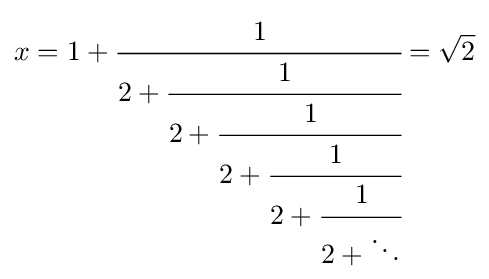
x=1+{\cfrac {1}{2+{\cfrac {1}{2+{\cfrac {1}{2+{\cfrac {1}{2+{\cfrac {1}{2+\ddots }}}}}}}}}}={\sqrt {2}}